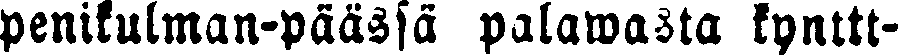
penikulman-päässä palawasta kynttt-